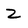
Character: Z